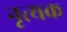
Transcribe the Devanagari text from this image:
नृत्यक